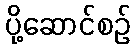
ပို့ဆောင်စဉ်